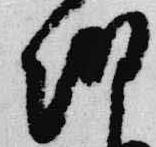
朝